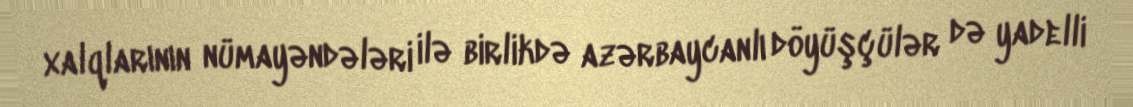
xalqlarının nümayəndələri ilə birlikdə azərbaycanlı döyüşçülər də yadelli